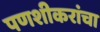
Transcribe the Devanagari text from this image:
पणशीकरांचा